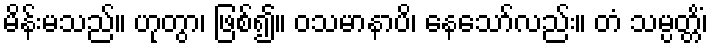
မိန်းမသည်။ ဟုတွာ၊ ဖြစ်၍။ ဝသမာနာပိ၊ နေသော်လည်း။ တံ သမ္ပတ္တိံ၊